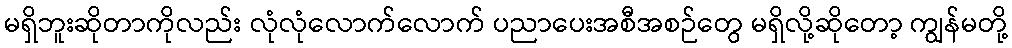
မရှိဘူးဆိုတာကိုလည်း လုံလုံလောက်လောက် ပညာပေးအစီအစဉ်တွေ မရှိလို့ဆိုတော့ ကျွန်မတို့